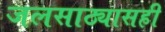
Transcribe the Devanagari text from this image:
जलसाठ्यासही